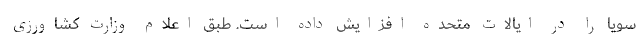
سویا را در ایالات متحده افزایش داده است. طبق اعلام وزارت کشاورزی